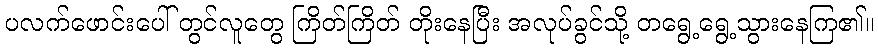
ပလက်ဖောင်းပေါ် တွင်လူတွေ ကြိတ်ကြိတ် တိုးနေပြီး အလုပ်ခွင်သို့ တရွေ့ရွေ့သွားနေကြ၏။